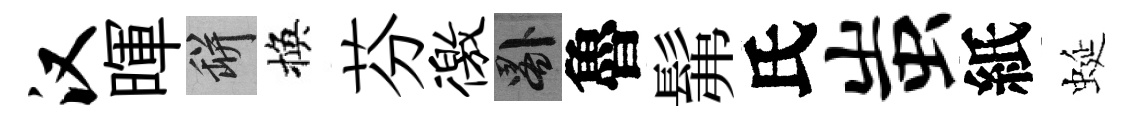
汉暉瓶換芬徼晷魯髴氏蚩紙蜒